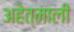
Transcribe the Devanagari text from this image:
अहेत्माली